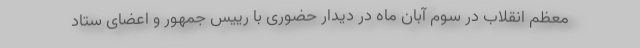
معظم انقلاب در سوم آبان ماه در دیدار حضوری با رییس جمهور و اعضای ستاد